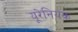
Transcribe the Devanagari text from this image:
यूरेनियक